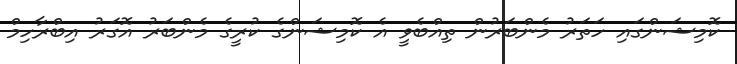
ކޮމިޝަންގައި ހަތަރު މެންބަރުން ތިއްބެވީ އެ ކޮމިޝަންގެ ކުރީގެ މެންބަރު އޮގަރު އިބްރާހިމް